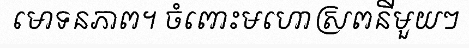
មោទនភាព។ ចំពោះមហោស្រពនីមួយៗ